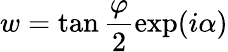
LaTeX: w=\tan\frac{\varphi}{2}\exp(i\alpha)